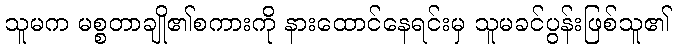
သူမက မစ္စတာချို၏စကားကို နားထောင်နေရင်းမှ သူမခင်ပွန်းဖြစ်သူ၏